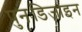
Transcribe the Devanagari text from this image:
पुनःडिजाइन